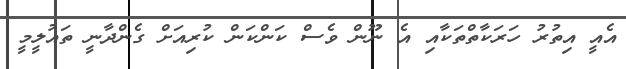
އެއީ އިތުރު ހަރަކާތްތަކާއި އެ ނޫން ވެސް ކަންކަން ކުރިއަށް ގެންދާނީ ތައުލީމީ